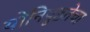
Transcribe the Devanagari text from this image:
योनिपुष्ठतेचा